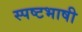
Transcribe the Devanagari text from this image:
स्पष्टभाषी